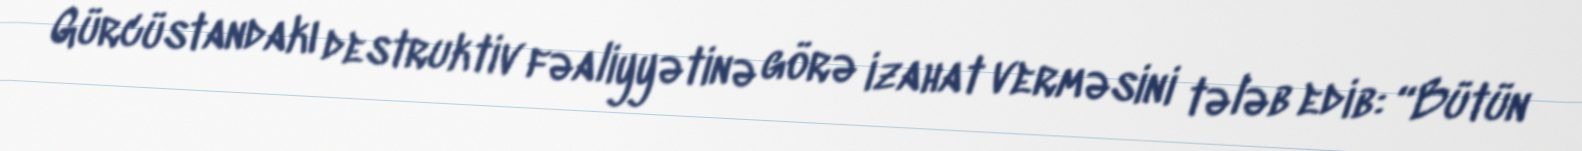
Gürcüstandakı destruktiv fəaliyyətinə görə izahat verməsini tələb edib: “Bütün